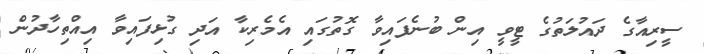
ސީރިއާގެ ދައުލަތުގެ ޓީވީ އިން ބުނެފައިވާ ގޮތުގައި އެމެރިކާ އަދި ގުޅިފައިވާ އިއްތިހާދުން